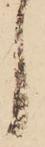
し